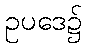
ဥပဒေ၌